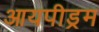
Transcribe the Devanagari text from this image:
आयपीड्रम